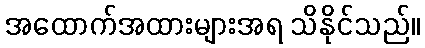
အထောက်အထားများအရ သိနိုင်သည်။